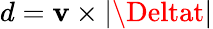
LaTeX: d=\mathbf{v}\times\lvert\Deltat\rvert